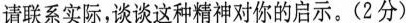
请联系实际，谈谈这种精神对你的启示。(2分)